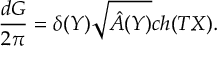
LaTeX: { \frac { d G } { 2 \pi } } = \delta ( Y ) \sqrt { \hat { A } ( Y ) } c h ( T X ) .